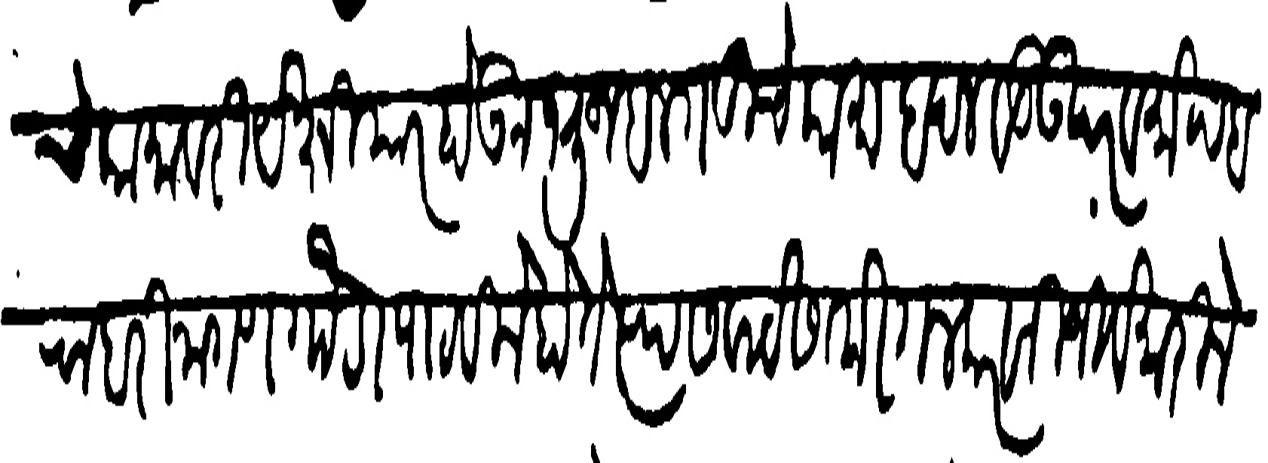
Transliteration (Devanagari):  स्वामीचे कामावरी येक्षियार होऊन भुजवलगडीचे कामाबदल वडउपर व मोपव रावरी नागणगौडा पाठविले होते त्यास वाटेस तोरगलकरांनी जिवे मारिले